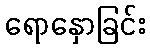
ရောနှောခြင်း